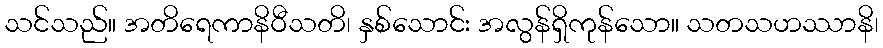
သင်သည်။ အတိရေကာနိဝီသတိ၊ နှစ်သောင်း အလွန်ရှိကုန်သော။ သတသဟဿာနိ၊